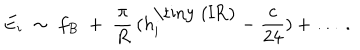
E _ { i } \; \sim \; f _ { B } \; + \; \frac \pi R \, ( h _ { i } ^ { \mathrm { \tiny ~ ( I R ) } } - \frac c { 2 4 } ) + \ldots \; .